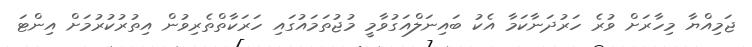
ޖަމިއްޔާ މިހާރަށް ވުރެ ހަރުދަނާކަމާ އެކު ބައިނަލްއަގުވާމީ މުޖުތަމައުގައި ހަރަކާތްތެރިވުން އިތުރުކުރުމަށް އިންޓަ